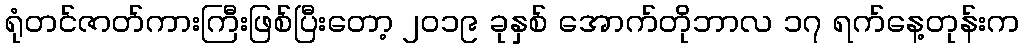
ရုံတင်ဇာတ်ကားကြီးဖြစ်ပြီးတော့ ၂၀၁၉ ခုနှစ် အောက်တိုဘာလ ၁၇ ရက်နေ့တုန်းက